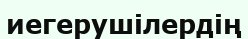
иегерушілердің